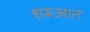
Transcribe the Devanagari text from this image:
शरूआत